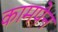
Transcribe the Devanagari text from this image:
कामपेन